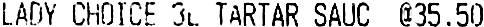
LADY CHOICE 3L TARTAR SAUC @35.50